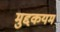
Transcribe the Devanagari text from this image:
मुद्दकयम